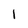
Character: 1